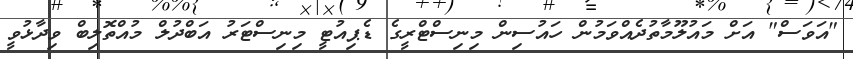
"އަވަސް" އަށް މައުލޫމާތުދެއްވަމުން ހައުސިން މިނިސްޓްރީގެ ޑެޕިއުޓީ މިނިސްޓަރު އަބްދުލް މުއްތޮލިބް ވިދާޅުވީ